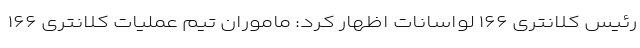
رئیس کلانتری ۱۶۶ لواسانات اظهار کرد: ماموران تیم عملیات کلانتری ۱۶۶